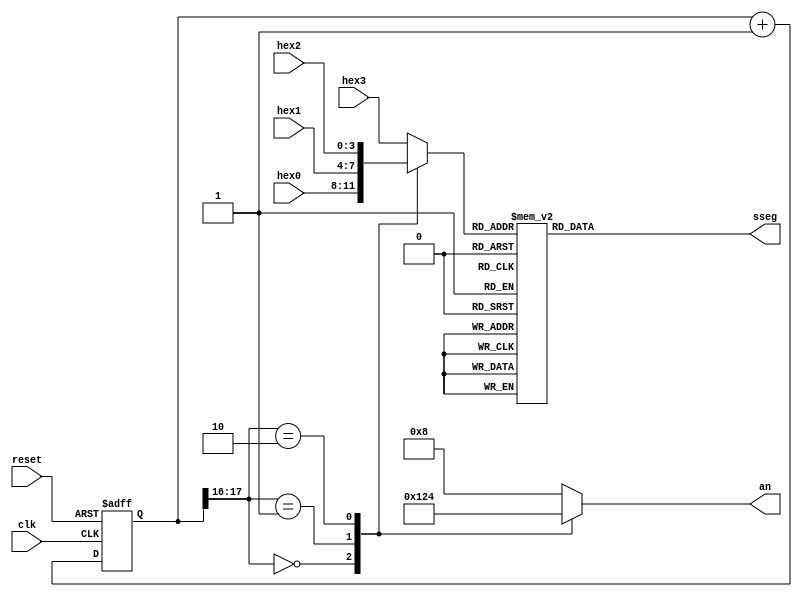
`timescale 1ns / 1ps
module scan_led_hex_disp(
    input clk,
    input reset,
    input [3:0] hex0,
    input [3:0] hex1,
    input [3:0] hex2,
    input [3:0] hex3,
    output reg [3:0] an,   //
    output reg [6:0] sseg  //
    );
 
 localparam N = 18; //1650Mhz(50MHZ/2^16)
 reg [N-1:0] regN; //16
 reg [3:0] hex_in; //
 
 always@(posedge clk, posedge reset)
 begin
  if(reset)
   regN <= 0;
  else
   regN <= regN + 1;
 end
 
 always@ *
 begin
  case(regN[N-1:N-2])
  2'b00:begin
   an = 4'b0001; //1
   hex_in = hex0; //hex_inhex0
  end
  2'b01:begin
   an = 4'b0010; //
   hex_in = hex1;
  end
  2'b10:begin
   an = 4'b0100;
   hex_in = hex2;
  end
  default:begin
   an = 4'b1000;
   hex_in = hex3;
  end
  
  endcase
 
 end
 always@ *
 begin
  case(hex_in)
      4'h0: sseg[6:0] = 7'b1000000;
		4'h1: sseg[6:0] = 7'b1111001;
		4'h2: sseg[6:0] = 7'b0100100;
		4'h3: sseg[6:0] = 7'b0110000;
		4'h4: sseg[6:0] = 7'b0011001;
		4'h5: sseg[6:0] = 7'b0010010;
		4'h6: sseg[6:0] = 7'b0000010;
		4'h7: sseg[6:0] = 7'b1111000;
		4'h8: sseg[6:0] = 7'b0000000;
		4'h9: sseg[6:0] = 7'b0011000;
		4'ha: sseg[6:0] = 7'b0001000;
		4'hb: sseg[6:0] = 7'b0000011;
		4'hc: sseg[6:0] = 7'b1000110;
		4'hd: sseg[6:0] = 7'b0100001;
		4'he: sseg[6:0] = 7'b0000110;
		4'hf: sseg[6:0] = 7'b0001110;
   default: sseg[6:0] = 7'b0111000;
  endcase
 end
endmodule